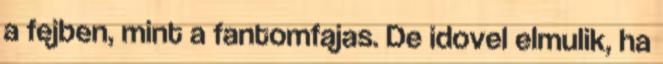
a fejben, mint a fantomfajas. De idovel elmulik, ha